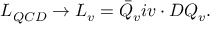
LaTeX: { \cal L } _ { Q C D } \rightarrow { \cal L } _ { v } = \bar { Q } _ { v } i v \cdot D Q _ { v } .